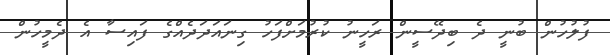
ފުލުހުން ބުނީ ދެ ބިދޭސީން ރަހީނު ކުރުމަށްފަހު ގިނައަދަދެއްގެ ފައިސާ އެ ދެމީހުން